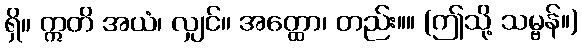
ရှိ။ ဣတိ အယံ၊ လျှင်။ အတ္ထော၊ တည်း။။ (ဤသို့ သမ္ဗန်။)